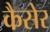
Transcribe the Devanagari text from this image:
कैसेर